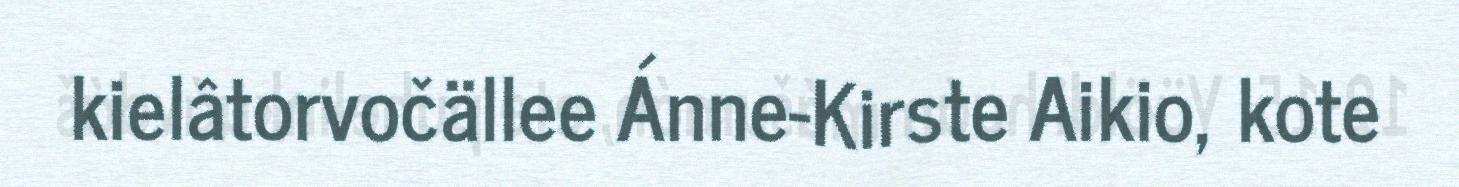
kielâtorvočällee Ánne-Kirste Aikio, kote